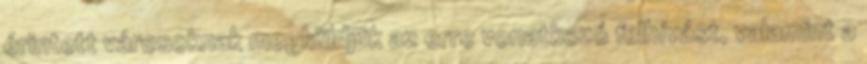
érintett városoknak megküldjük az erre vonatkozó felhívást, valamint a